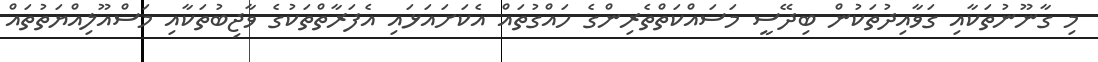
މި ގާނޫނުތަކާއި ގަވާއިދުތަކުން ބިދޭސީ މަސައްކަތްތެރިންގެ ހައްގުތައް އެކަށައަޅައި އެފަރާތްތަކުގެ ވާޖިބުތަކާއި މަސްއޫލިއްޔަތުތައް